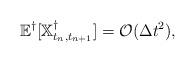
LaTeX: \begin{align*} \mathbb{E}^\dagger [\mathbb{X}^\dagger_{t_n,t_{n+1}}] = \mathcal{O}(\Delta t^2) ,\end{align*}